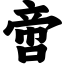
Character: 啻